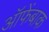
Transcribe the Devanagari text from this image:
ऑफेंबाक